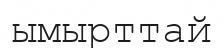
ымырттай